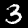
Label: 3